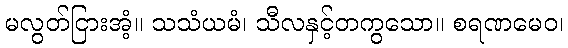
မလွတ်ငြားအံ့။ သသံယမံ၊ သီလနှင့်တကွသော။ စရဏမေဝ၊